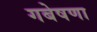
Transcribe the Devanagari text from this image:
गबेषणा